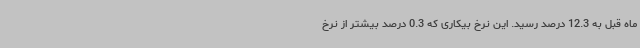
ماه قبل به 12.3 درصد رسید. این نرخ بیکاری که 0.3 درصد بیشتر از نرخ